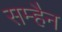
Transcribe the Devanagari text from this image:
सम्हैन